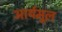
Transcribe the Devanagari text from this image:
आर्यमूल